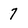
Character: 7